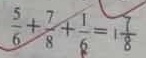
\frac { 5 } { 6 } + \frac { 7 } { 8 } + \frac { 1 } { 6 } = 1 \frac { 7 } { 8 }